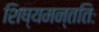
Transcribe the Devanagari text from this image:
शिष्यमन्ततिः